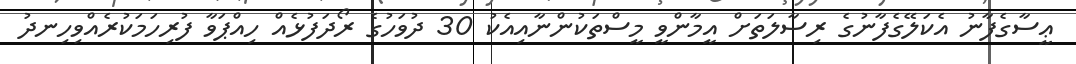
ޢީސާގެފާނު އެކަލޭގެފާނުގެ ރިސާލަތަށް އީމާންވީ މީސްތަކުންނާއިއެކު 30 ދުވަހުގެ ރޯދަފުޅެއް ހިއްޕަވާ ފުރިހަމަކުރެއްވިހިނދު